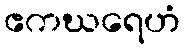
ဧကဃရေဟံ